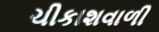
ચીકાશવાળી